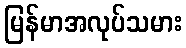
မြန်မာအလုပ်သမား